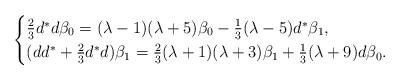
LaTeX: \begin{align*}\begin{cases}\tfrac{2}{3}d^\ast d \beta_0 = (\lambda-1)(\lambda+5)\beta_0 -\tfrac{1}{3}(\lambda-5)d^\ast \beta_1,\\(dd^\ast + \tfrac{2}{3}d^\ast d) \beta_1= \tfrac{2}{3}(\lambda+1)(\lambda+3)\beta_1 + \tfrac{1}{3}(\lambda+9)d\beta_0.\end{cases}\end{align*}